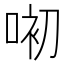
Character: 𱓏